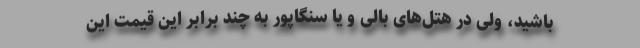
باشید، ولی در هتل‌های بالی و یا سنگاپور به چند برابر این قیمت این